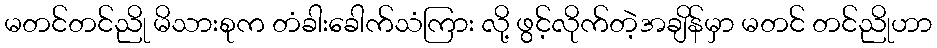
မတင်တင်ညို မိသားစုက တံခါးခေါက်သံကြား လို့ ဖွင့်လိုက်တဲ့အချိန်မှာ မတင် တင်ညိုဟာ